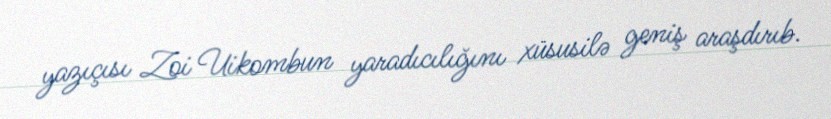
yazıçısı Zoi Uikombun yaradıcılığını xüsusilə geniş araşdırıb.